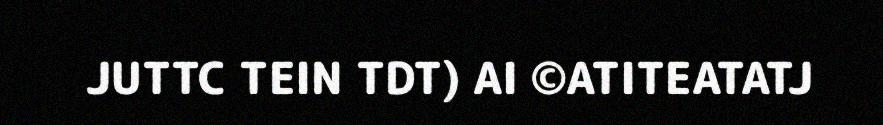
JUTTC TEIN TDT) AI ©ATITEATATJ